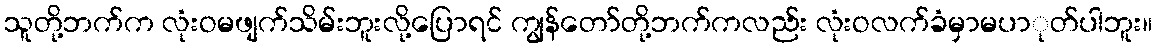
သူတို့ဘက်က လုံးဝမဖျက်သိမ်းဘူးလို့ပြောရင် ကျွန်တော်တို့ဘက်ကလည်း လုံးဝလက်ခံမှာမပာုတ်ပါဘူး။